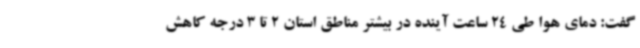
گفت: دمای هوا طی 24 ساعت آینده در بیشتر مناطق استان 2 تا 3 درجه کاهش